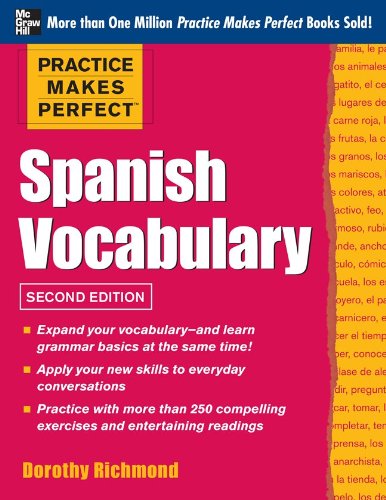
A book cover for Practice Makes Perfect Spanish Vocabulary, 2nd Edition: With 240 Exercises + Free Flashcard App; Dorothy Richmond; Reference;